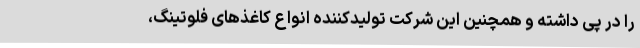
را در پی داشته و همچنین این شرکت تولیدکننده انواع کاغذهای فلوتینگ،